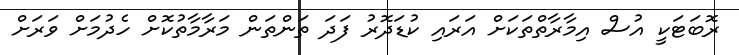
ރޮބަޓަކީ އުސް އިމާރާތްތަކަށް އަރައި ކުޑަދޮރު ފަދަ ތަންތަން މަރާމާތުކޮށް ހެދުމަށް ވަރަށް